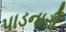
પાડનારી